system: You are a helpful assistant.
user:
Analyze the provided spectrum to determine if it is a **Carbon Star (C-type)**.

- **Key Visual Indicators of Carbon Star:**
    - **(Primary):** Strong molecular absorption from **C₂ (diatomic carbon) "Swan Bands."** This is the **defining feature** of a carbon star.
        - **(Key Bandheads):** Sharp absorption edges are visible at approximately $5635$ Å, $5165$ Å (the strongest band), and $4737$ Å.
        - **(Line Profile):** Creates a distinct **"saw-tooth"** pattern. The key morphology is a sharp, steep bandhead on the **red (long-wavelength) side**, which then gradually tapers off (i.e., flux recovers) towards the **blue (short-wavelength) side**. *(This is the direct opposite of the TiO bands seen in M-type stars)*.

    - **(Secondary):** Intense **CN (cyanogen)** molecular absorption bands.
        - **(Key Bandheads):** Located in the blue and violet regions of the spectrum (e.g., near $4215$ Å and $3883$ Å).
        - **(Morphology):** These bands are extremely broad and act as a "blanket," absorbing the vast majority of blue and violet light. This creates a characteristic **"cliff"** or **"steep drop-off"** in the spectrum's flux at short wavelengths.

    - **(Key Confirmation):** Strong **CH absorption band (G-band)**.
        - **(Key Bandhead):** Located around $4300$ Å. The contribution from CH molecules to this band is exceptionally strong.

    - **(Overall Spectrum):**
        - The continuum is severely "chopped up" by these deep molecular bands, especially C₂, rather than appearing as a smooth curve.
        - Due to the heavy CN and C₂ absorption in the blue-green, the vast majority of the star's flux is concentrated in the red part of the spectrum, giving the star its characteristic deep red color.

Think first, call **spectral_visualization_tool** if needed to examine features in detail, then provide your final answer. Your response must adhere to the following strict rules:
1.  **Overall Structure:** Your response must follow the format `<think>...</think> <tool_call>...</tool_call> (if a tool is used) <answer>...</answer>`.
2.  **Tool Usage Constraint:** You may only make **one** tool call per turn.
3.  **Final Answer Format:** In the `<answer>` tag, your conclusion must be inside a `\boxed{}` command (e.g., `\boxed{YES}`), followed by your justification.

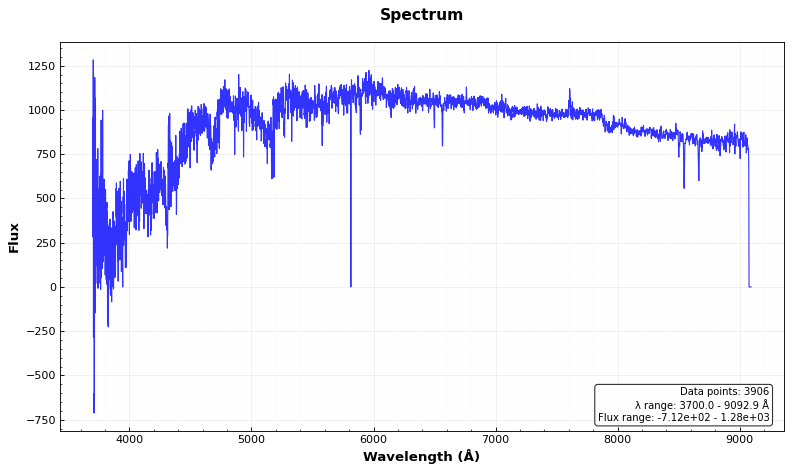
Answer: YES